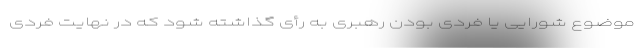
موضوع شورایی یا فردی بودن رهبری به رأی گذاشته شود که در نهایت فردی